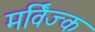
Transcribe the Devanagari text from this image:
मर्विज्क